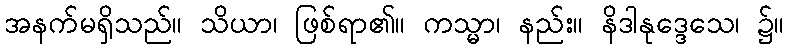
အနက်မရှိသည်။ သိယာ၊ ဖြစ်ရာ၏။ ကသ္မာ၊ နည်း။ နိဒါနုဒ္ဒေသေ၊ ၌။